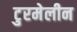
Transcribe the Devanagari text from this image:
टुरमेलीन